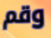
وقم